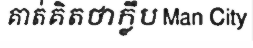
គាត់គិតថាក្លឹប Man City